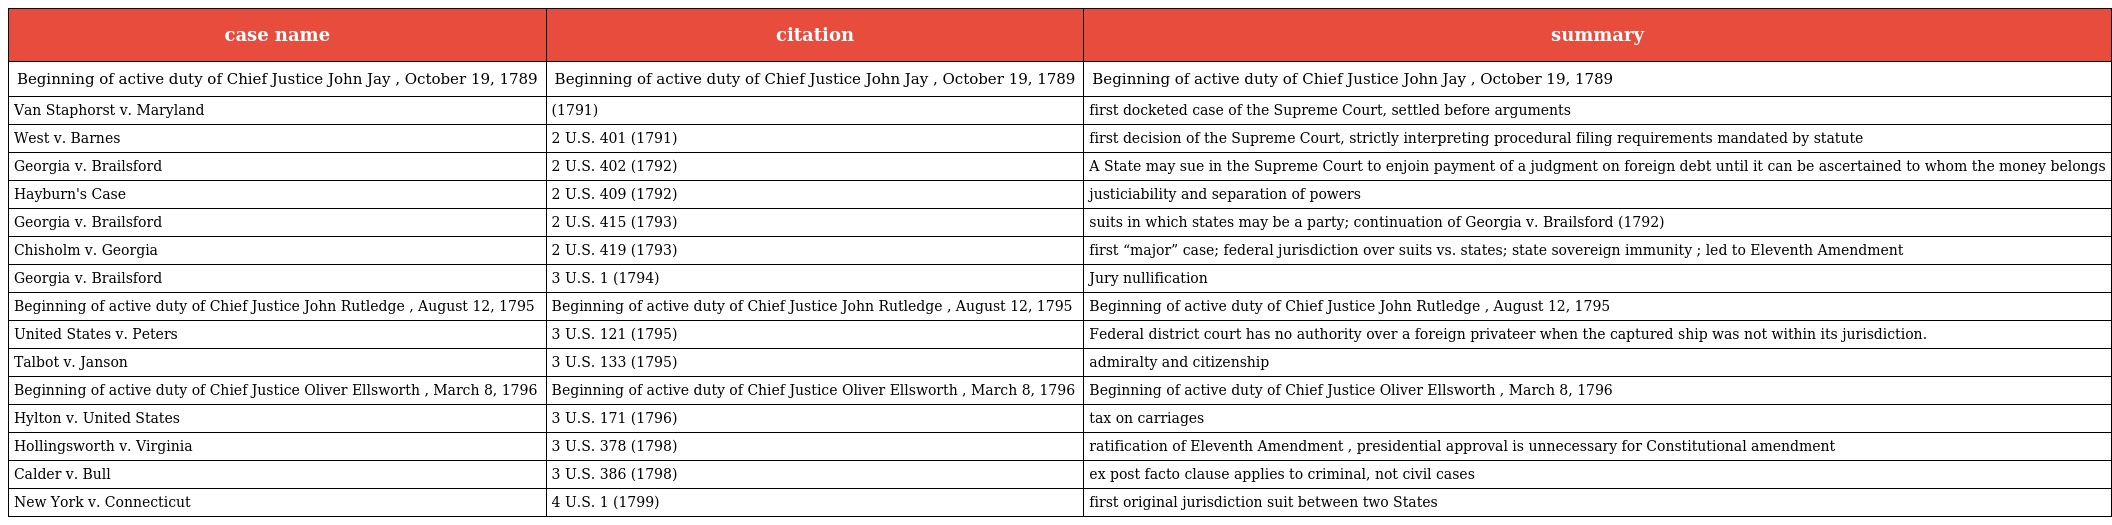
| case name | citation | summary |
 | --- | --- | --- |
 | Beginning of active duty of Chief Justice John Jay , October 19, 1789 | Beginning of active duty of Chief Justice John Jay , October 19, 1789 | Beginning of active duty of Chief Justice John Jay , October 19, 1789 |
 | Van Staphorst v. Maryland | (1791) | first docketed case of the Supreme Court, settled before arguments |
 | West v. Barnes | 2 U.S. 401 (1791) | first decision of the Supreme Court, strictly interpreting procedural filing requirements mandated by statute |
 | Georgia v. Brailsford | 2 U.S. 402 (1792) | A State may sue in the Supreme Court to enjoin payment of a judgment on foreign debt until it can be ascertained to whom the money belongs |
 | Hayburn's Case | 2 U.S. 409 (1792) | justiciability and separation of powers |
 | Georgia v. Brailsford | 2 U.S. 415 (1793) | suits in which states may be a party; continuation of Georgia v. Brailsford (1792) |
 | Chisholm v. Georgia | 2 U.S. 419 (1793) | first “major” case; federal jurisdiction over suits vs. states; state sovereign immunity ; led to Eleventh Amendment |
 | Georgia v. Brailsford | 3 U.S. 1 (1794) | Jury nullification |
 | Beginning of active duty of Chief Justice John Rutledge , August 12, 1795 | Beginning of active duty of Chief Justice John Rutledge , August 12, 1795 | Beginning of active duty of Chief Justice John Rutledge , August 12, 1795 |
 | United States v. Peters | 3 U.S. 121 (1795) | Federal district court has no authority over a foreign privateer when the captured ship was not within its jurisdiction. |
 | Talbot v. Janson | 3 U.S. 133 (1795) | admiralty and citizenship |
 | Beginning of active duty of Chief Justice Oliver Ellsworth , March 8, 1796 | Beginning of active duty of Chief Justice Oliver Ellsworth , March 8, 1796 | Beginning of active duty of Chief Justice Oliver Ellsworth , March 8, 1796 |
 | Hylton v. United States | 3 U.S. 171 (1796) | tax on carriages |
 | Hollingsworth v. Virginia | 3 U.S. 378 (1798) | ratification of Eleventh Amendment , presidential approval is unnecessary for Constitutional amendment |
 | Calder v. Bull | 3 U.S. 386 (1798) | ex post facto clause applies to criminal, not civil cases |
 | New York v. Connecticut | 4 U.S. 1 (1799) | first original jurisdiction suit between two States |